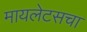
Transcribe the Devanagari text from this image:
मायलेटसचा